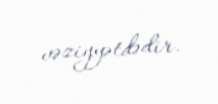
vəziyyətdədir.